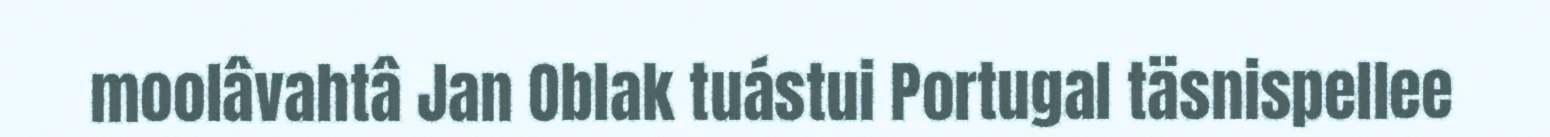
moolâvahtâ Jan Oblak tuástui Portugal täsnispellee